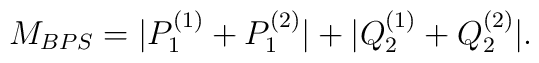
M_{BPS} = |P^{(1)}_{1}+ P^{(2)}_{1}|+|Q^{(1)}_{2}+ Q^{(2)}_{2}|.